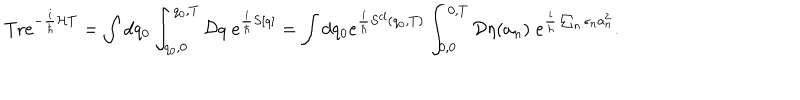
LaTeX: \textrm { T r } e ^ { - \frac { i } { \hbar } { \cal { H } } T } = \int d q _ { 0 } \int _ { q _ { 0 } , 0 } ^ { q _ { 0 } , T } { \cal { D } } q \; e ^ { \frac { i } { \hbar } S [ q ] } = \int d q _ { 0 } e ^ { \frac { i } { \hbar } S ^ { c l } ( q _ { 0 } , T ) } \int _ { 0 , 0 } ^ { 0 , T } { \cal { D } } \eta ( a _ { n } ) \; e ^ { \frac { i } { \hbar } \sum _ { n } \epsilon _ { n } a _ { n } ^ { 2 } } .